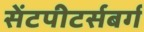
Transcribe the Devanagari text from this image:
सेंटपीटर्सबर्ग